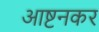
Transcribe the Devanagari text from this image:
आष्टनकर